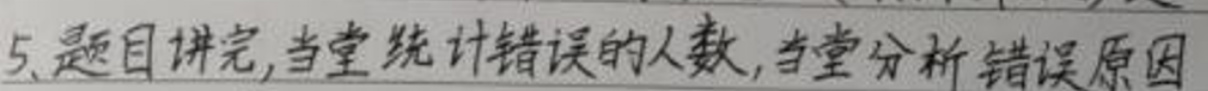
5、题目讲完,当堂统计错误的人数,当堂分析错误原因